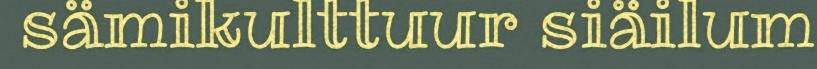
sämikulttuur siäilum